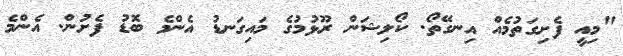
"މިއީ ފެށިގަތުމެއް އިނގޭތޯ. ކޯލިޝަން ރޫޅުމުގެ މައިގަނޑު އެންމެ ބޮޑު ފެށުން. އެންމެ